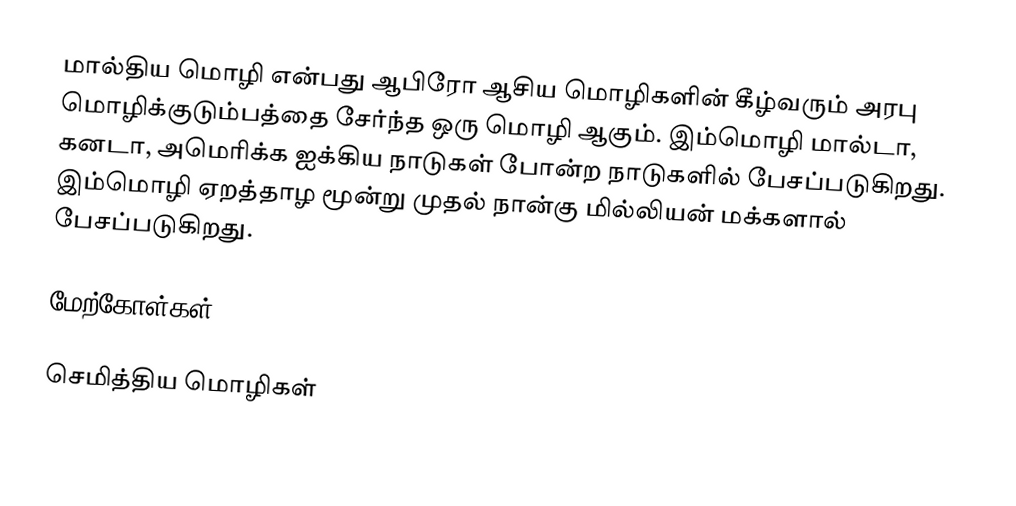
மால்திய மொழி என்பது ஆபிரோ ஆசிய மொழிகளின் கீழ்வரும் அரபு மொழிக்குடும்பத்தை சேர்ந்த ஒரு மொழி ஆகும். இம்மொழி மால்டா, கனடா, அமெரிக்க ஐக்கிய நாடுகள் போன்ற நாடுகளில் பேசப்படுகிறது. இம்மொழி ஏறத்தாழ மூன்று முதல் நான்கு மில்லியன் மக்களால் பேசப்படுகிறது.

மேற்கோள்கள்

செமித்திய மொழிகள்